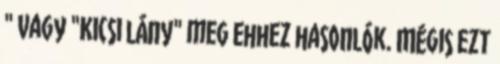
" vagy "Kicsi lány" meg ehhez hasonlók. Mégis ezt